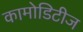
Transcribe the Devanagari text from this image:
कामोडिटीज